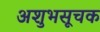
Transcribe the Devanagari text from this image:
अशुभसूचक